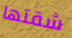
شقتها